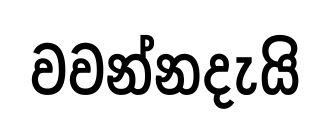
වවන්නදැයි